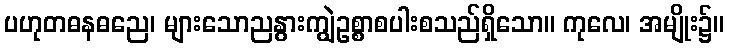
ပဟုတဓနဓညေ၊ များသောညနွားကျွဲဥစ္စာစပါးစသည်ရှိသော။ ကုလေ၊ အမျိုး၌။